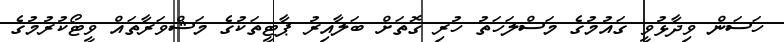
ހަސަން ވިދާޅުވީ ގައުމުގެ މަސްލަހަތު ހުރި ގޮތަށް ބަލާއިރު ޕާޓީތަކުގެ މަޝްވަރާތައް ވީޓޯކުރުމުގެ